Annual report of lunatic asylums [Bombay] - 1912-1922
Year: 1912
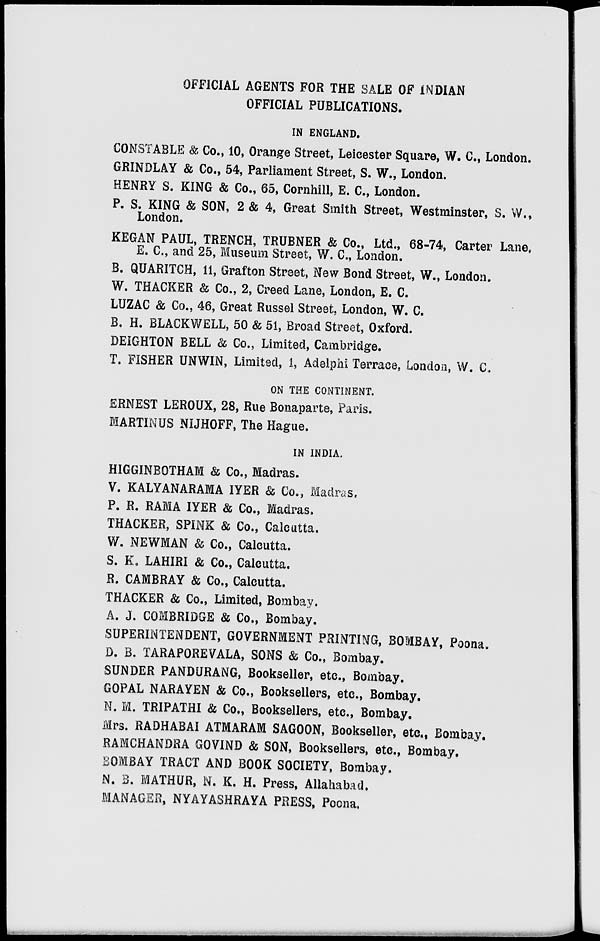
OFFICIAL AGENTS FOR THE SALE OF INDIAN
OFFICIAL PUBLICATIONS.
IN ENGLAND.
CONSTABLE & Co., 10, Orange Street, Leicester Square, W. C, London.
GRINDLAY & Co., 54, Parliament Street, S. W., London.
HENRY S. KING & Co., 65, Cornhill, E. C, London.
P. S. KING & SON, 2 & 4, Great Smith Street, Westminster, S. W.,
London.
KEGAN PAUL, TRENCH, TRUBNER & Co., Ltd., 68-74, Carter Lane,
E. C, and 25, Museum Street, W. C, London.
B. QUARITCH, 11, Grafton Street, New Bond Street, W., London.
W. THACKER & Co., 2, Creed Lane, London, E. C.
LUZAC & Co., 46, Great Russel Street, London, W. C.
B. H. BLACKWELL, 50 & 51, Broad Street, Oxford.
DEIGHTON BELL & Co., Limited, Cambridge.
T. FISHER UNWIN, Limited, 1, Adelphi Terrace, London, W. C.
ON THE CONTINENT.
ERNEST LEROUX, 28, Rue Bonaparte, Paris.
MARTINUS NIJHOFF, The Hague.
IN INDIA.
HIGGINBOTHAM & Co., Madras.
V. KALYANARAMA IYER & Co., Madras.
P. R. RAMA IYER & Co., Madras.
THACKER, SPINK & Co., Calcutta.
W. NEWMAN & Co., Calcutta.
S. K. LAHIRI & Co., Calcutta.
R. CAMBRAY & Co., Calcutta.
THACKER & Co., Limited, Bombay.
A. J. COMBRIDGE & Co., Bombay.
SUPERINTENDENT, GOVERNMENT PRINTING, BOMBAY, Poona.
D. B. TARAPOREVALA, SONS & Co., Bombay.
SUNDER PANDURANG, Bookseller, etc., Bombay.
GOPAL NARAYEN & Co., Booksellers, etc., Bombay.
N. M. TRIPATHI & Co., Booksellers, etc., Bombay.
Mrs. RADHABAI ATMARAM SAGOON, Bookseller, etc., Bombay.
RAMCHANDRA GOVIND & SON, Booksellers, etc., Bombay.
BOMBAY TRACT AND BOOK SOCIETY, Bombay.
N. B. MATHUR, N. K. H. Press, Allahabad.
MANAGER, NYAYASHRAYA PRESS, Poona.